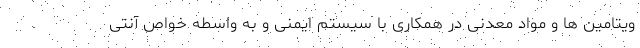
ویتامین ها و مواد معدنی در همکاری با سیستم ایمنی و به واسطه خواص آنتی